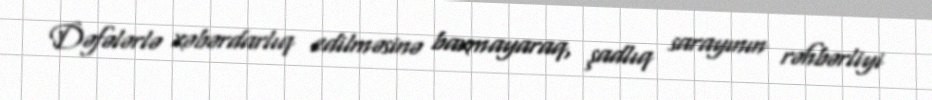
Dəfələrlə xəbərdarlıq edilməsinə baxmayaraq, şadlıq sarayının rəhbərliyi